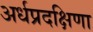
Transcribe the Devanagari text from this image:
अर्धप्रदक्षिणा